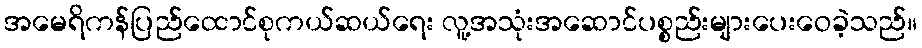
အမေရိကန်ပြည်ထောင်စုကယ်ဆယ်ရေး လူ့အသုံးအဆောင်ပစ္စည်းများပေးဝေခဲ့သည်။